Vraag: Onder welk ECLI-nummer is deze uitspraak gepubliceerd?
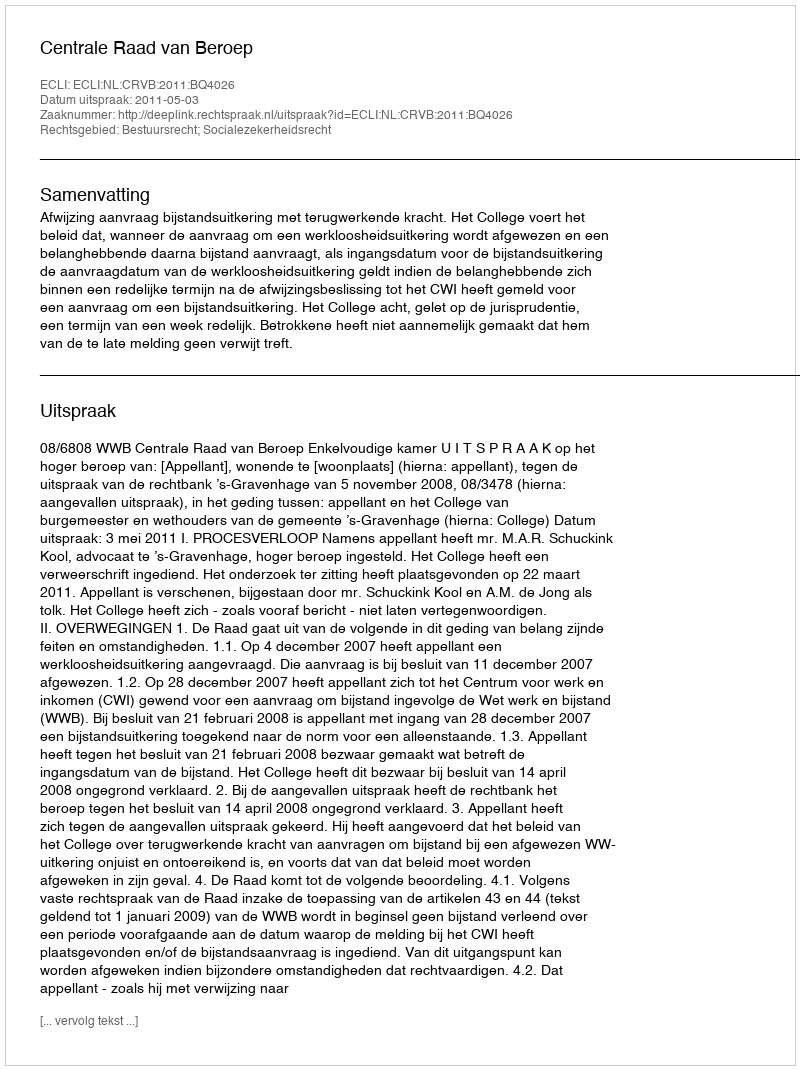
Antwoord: ECLI:NL:CRVB:2011:BQ4026